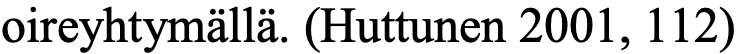
oireyhtymällä. (Huttunen 2001, 112)